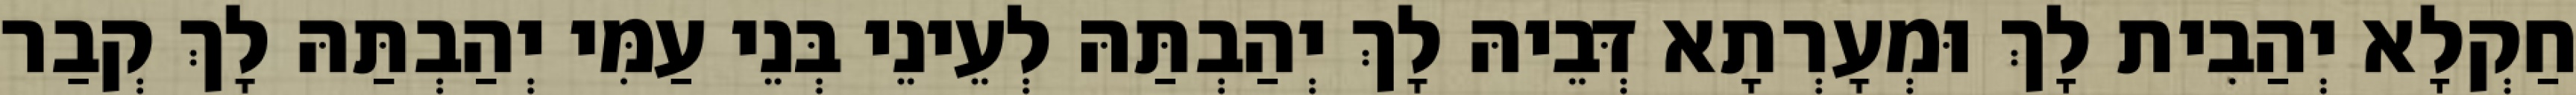
חַקְלָא יְהַבִית לָךְ וּמְעָרְתָא דְּבֵיהּ לָךְ יְהַבְתַּהּ לְעֵינֵי בְּנֵי עַמִּי יְהַבְתַּהּ לָךְ קְבַר